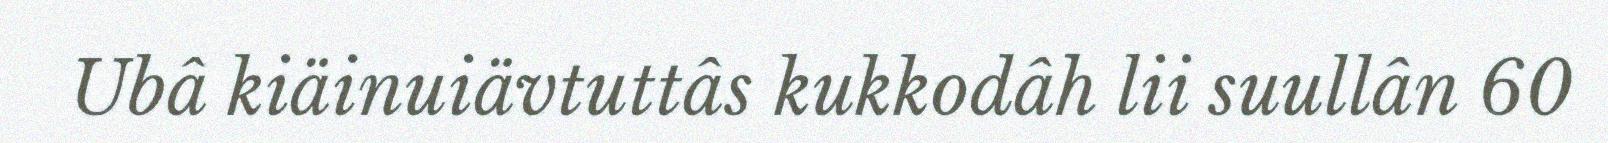
Ubâ kiäinuiävtuttâs kukkodâh lii suullân 60